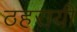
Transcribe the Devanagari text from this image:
ठहरायी